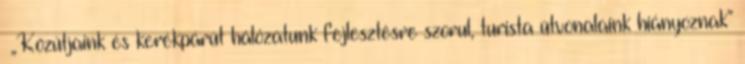
▪„Közútjaink és kerékpárút hálózatunk fejlesztésre szorul, turista útvonalaink hiányoznak”